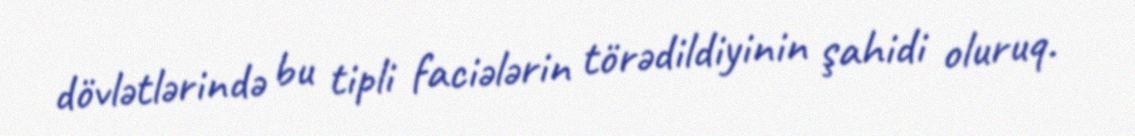
dövlətlərində bu tipli faciələrin törədildiyinin şahidi oluruq.